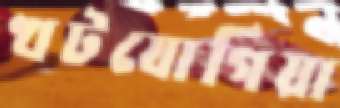
খটযোগিয়া